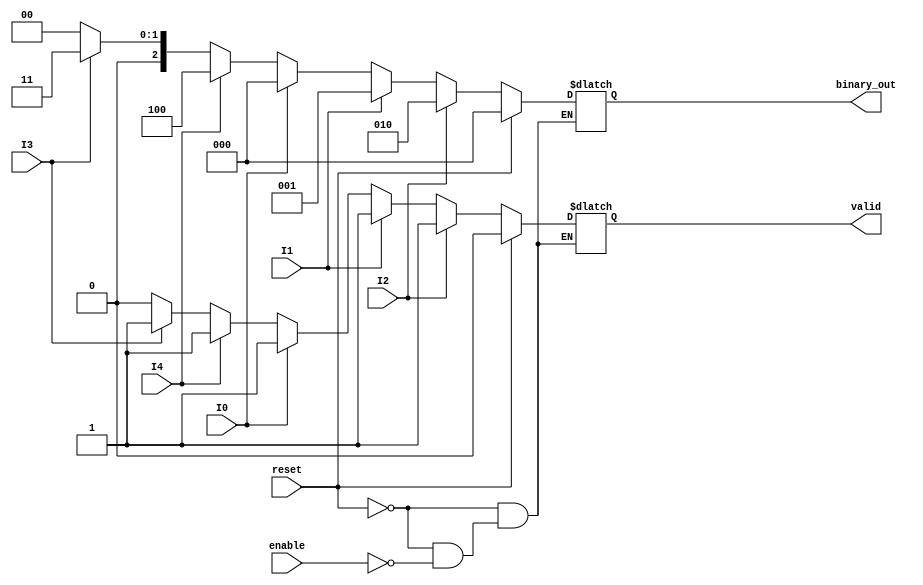
module dual_priority_encoder (
    input wire I0, I1, I2,  // Group 1 inputs
    input wire I3, I4,      // Group 2 inputs
    input wire enable,      // Enable signal
    input wire reset,       // Reset signal
    output reg [2:0] binary_out, // 3-bit binary output (enough for 5 inputs)
    output reg valid        // Valid output
);

// Always block to describe combinational logic
always @(*) begin
    // Reset outputs
    if (reset) begin
        binary_out = 3'b000; // Reset binary output
        valid = 1'b0;        // Reset valid output
    end
    else if (enable) begin
        // Default output values
        binary_out = 3'b000; // Default output
        valid = 1'b0;        // Default valid output
        
        // Group 1 Priority Encoding
        if (I2) begin
            binary_out = 3'b010; // Output for I2
            valid = 1'b1;
        end
        else if (I1) begin
            binary_out = 3'b001; // Output for I1
            valid = 1'b1;
        end
        else if (I0) begin
            binary_out = 3'b000; // Output for I0
            valid = 1'b1;
        end
        // Group 2 Encoding (only if no Group 1 inputs are active)
        else if (I4) begin
            binary_out = 3'b100; // Output for I4
            valid = 1'b1;
        end
        else if (I3) begin
            binary_out = 3'b011; // Output for I3
            valid = 1'b1;
        end
    end
    else begin
        // If not enabled, keep previous state (binary_out and valid)
        binary_out = binary_out; // Hold previous state
        valid = valid;           // Hold previous valid state
    end
end

endmodule